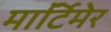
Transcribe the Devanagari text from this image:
माॅर्टिमेर